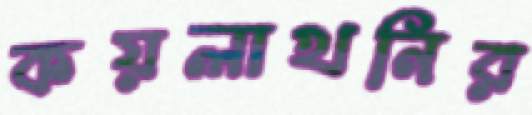
কয়লাখনির